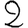
Digit: 2